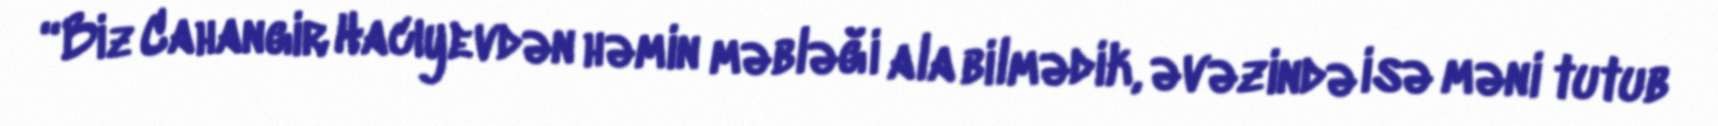
“Biz Cahangir Hacıyevdən həmin məbləği ala bilmədik, əvəzində isə məni tutub